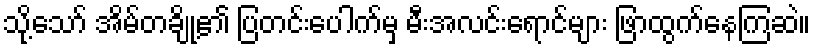
သို့သော် အိမ်တချို့၏ ပြတင်းပေါက်မှ မီးအလင်းရောင်များ ဖြာထွက်နေကြဆဲ။